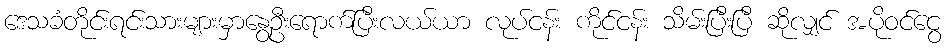
ဒေသခံတိုင်းရင်းသားများမှာနွေဦးရောက်ပြီးလယ်ယာ လုပ်ငန်း ကိုင်ငန်း သိမ်းပြီးပြီ ဆိုလျှင် အပိုဝင်ငွေ